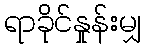
ရာခိုင်နှုန်းမျှ